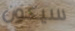
سيكون